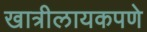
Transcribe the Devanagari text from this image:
खात्रीलायकपणे